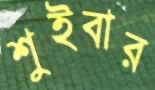
শুইবার